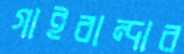
গাইবান্দার